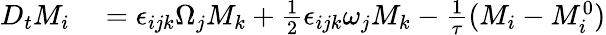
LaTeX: \begin{array}{rl}{D_{t}M_{i}}&{{}=\epsilon_{ijk}\Omega_{j}M_{k}+\frac{1}{2}\epsilon_{ijk}\omega_{j}M_{k}-\frac{1}{\tau}(M_{i}-M_{i}^{0})}\end{array}